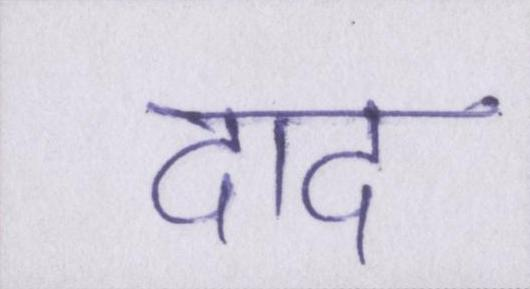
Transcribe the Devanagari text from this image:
दाद